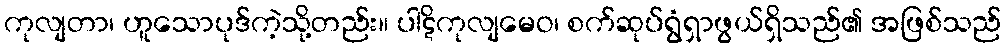
ကုလျတာ၊ ဟူသောပုဒ်ကဲ့သို့တည်း။ ပါဋိကုလျမေဝ၊ စက်ဆုပ်ရွံရှာဖွယ်ရှိသည်၏ အဖြစ်သည်